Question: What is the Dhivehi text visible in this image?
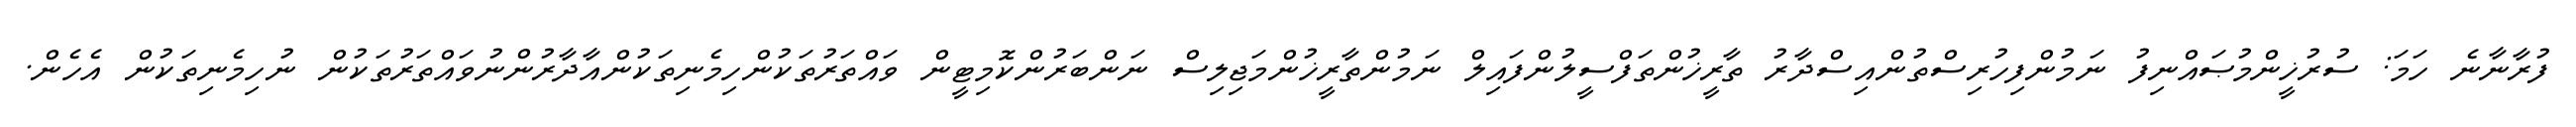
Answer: ފުރާނާނެ ހަމަ: ސުރުޚީންމުޞައްނިފު ނަމުންފިހުރިސްތުންއިސްދާރު ތާރީޚުންތަފްސީލުންފައިލް ނަމުންތާރީޚުންމަޖިލިސް ނަންބަރުންކޮމިޓީން ވައްތަރުތަކުންހިމެނިތަކުންއާދާރުންނުވައްތަރުތަކުން ނުހިމެނިތަކުން އެހެން.